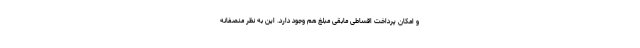
و امکان پرداخت اقساطی مابقی مبلغ هم وجود دارد. این به نظر منصفانه